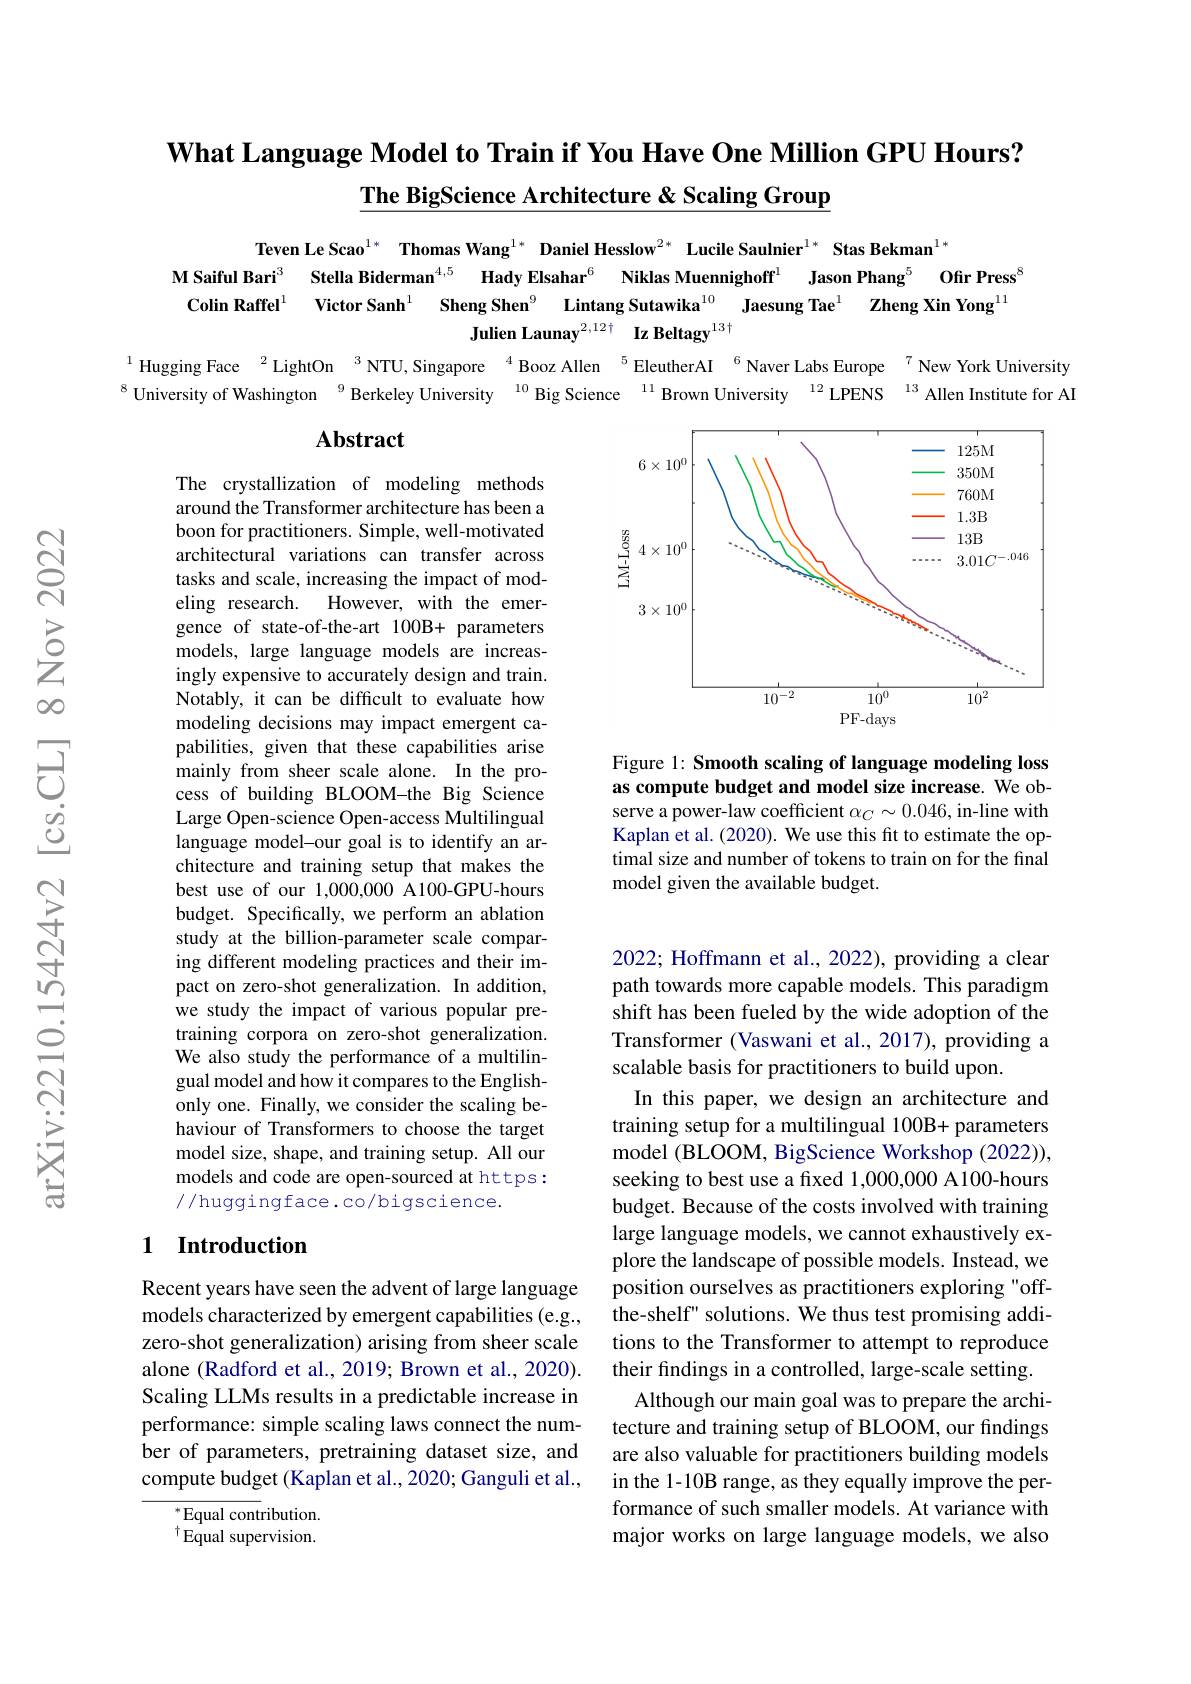
What Language Model to Train if You Have One Million GPU Hours?
$\underline{\textbf{The BigScience Architecture }\&\text{ Scaling Group}}$

Teven Le Scao$^{1*}$ Thomas Wang$^{1*}$ Daniel Hesslow$^{2*}$ Lucile Saulnier$^{1*}$ Stas Bekman$^{1*}$
M Saiful Bari$^{3}$ Stella Biderman$^{4,5}$ Hady Elsahar$^{6}$ Niklas Muennighoff
Jason Phang$^{5}$ Ofir Press$^{8}$
Colin Raffel$^{1}$ Victor Sanh$^{1}$ Sheng Shen$^{9}$ Lintang Sutawika$^{10}$ Jaesung Tae$^{1}$ Zheng Xin Yong
Julien Launay$^{2,12\dagger}\textbf{Iz Beltagy}^{13\dagger}$

Hugging Face $^{2}$LightOn $^{3}$NTU,Singapore $^{4}$ Booz Allen $^{5}$EleutherAI $^{6}$Naver Labs Europe $^{7}$New York University
8 University of Washington
Berkeley University $^{10}$ Big Science $^{11}$ Brown University$^{12}$ LPENS$^{13}$Allen Institute for AI

## Abstract

<FigureHere>

Figure 1: Smooth scaling of language modeling loss as compute budget and model size increase. We observe a power-law coefficient $\alpha_C\sim0.046$, in-line with Kaplan et al. (2020). We use this fit to estimate the optimal size and number of tokens to train on for the final model given the available budget.

The crystallization of modeling methods around the Transformer architecture has been a boon for practitioners. Simple, well-motivated architectural variations can transfer across tasks and scale, increasing the impact of modeling research. However, with the emergence of state-of-the-art 100B+ parameters models, large language models are increasingly expensive to accurately design and train. Notably, it can be difficult to evaluate how modeling decisions may impact emergent capabilities, given that these capabilities arise mainly from sheer scale alone. In the process of building BLOOM-the Big Science Large Open-science Open-access Multilingual language model-our goal is to identify an architecture and training setup that makes the best use of our 1,000,000 A100-GPU-hours budget. Specifically, we perform an ablation study at the billion-parameter scale comparing different modeling practices and their impact on zero-shot generalization. In addition, we study the impact of various popular pretraining corpora on zero-shot generalization. We also study the performance of a multilingual model and how it compares to the Englishonly one. Finally, we consider the scaling behaviour of Transformers to choose the target model size, shape, and training setup. All our models and code are open-sourced at https: //huggingface.co/bigscience.

## 1 Introduction

2022; Hoffmann et al., 2022), providing a clear path towards more capable models. This paradigm shift has been fueled by the wide adoption of the Transformer (Vaswani et al., 2017), providing a scalable basis for practitioners to build upon.
In this paper, we design an architecture and training setup for a multilingual 100B+ parameters model (BLOOM, BigScience Workshop (2022)), seeking to best use a fixed 1,000,000 A100-hours budget. Because of the costs involved with training large language models, we cannot exhaustively explore the landscape of possible models. Instead, we position ourselves as practitioners exploring "offthe-shelf" solutions. We thus test promising additions to the Transformer to attempt to reproduce their findings in a controlled, large-scale setting.
Although our main goal was to prepare the architecture and training setup of BLOOM, our findings are also valuable for practitioners building models in the 1-10B range, as they equally improve the performance of such smaller models. At variance with major works on large language models, we also

Recent years have seen the advent of large language models characterized by emergent capabilities (e.g., zero-shot generalization) arising from sheer scale alone (Radford et al., 2019; Brown et al., 2020). Scaling LLMs results in a predictable increase in performance: simple scaling laws connect the number of parameters, pretraining dataset size, and compute budget (Kaplan et al., 2020; Ganguli et al.,

$^*$Equal contribution. $^{\dagger}$Equal supervision.